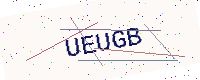
Text: UEUGB